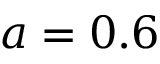
a = 0 . 6